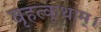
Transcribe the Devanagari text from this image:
बृहत्कृथाम्।